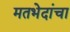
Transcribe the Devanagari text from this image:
मतभेदांचा